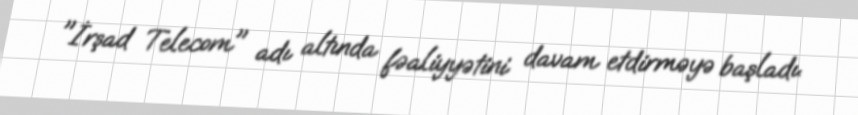
"İrşad Telecom" adı altında fəaliyyətini davam etdirməyə başladı.